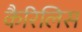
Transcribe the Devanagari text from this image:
कैरिलिस